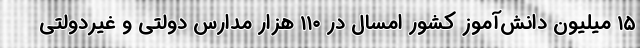
۱۵ میلیون دانش‌آموز کشور امسال در ۱۱۰ هزار مدارس دولتی و غیردولتی